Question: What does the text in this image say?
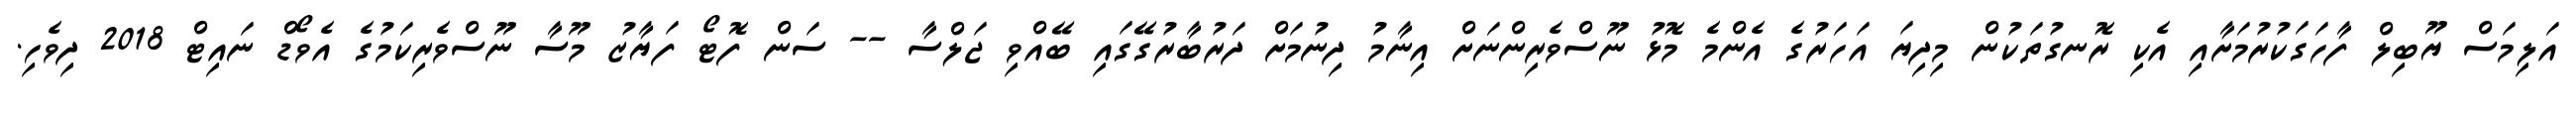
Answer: އަލިމަސް ޔޫބިލް ފާހަގަކުރުމަށާއި އެކި ރޮނގުތަކުން މިދިޔަ އަހަރުގެ އެންމެ މޮޅު ނޫސްވެރިންނަށް އިނާމު ދިނުމަށް ދަރުބާރުގޭގައި ބޭއްވި ޖަލްސާ -- ސަން ފޮޓޯ ފަޔާޒު މޫސާ ނޫސްވެރިކަމުގެ އެވޯޑް ނައިޓް 2018 ދިވެހި.